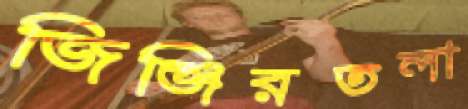
জিঞ্জিরতলা